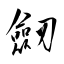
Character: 劒